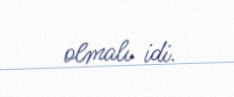
olmalı idi.